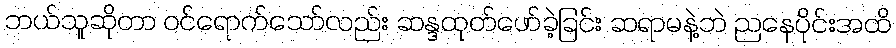
ဘယ်သူဆိုတာ ဝင်ရောက်သော်လည်း ဆန္ဒထုတ်ဖော်ခဲ့ခြင်း ဆရာမနဲ့ဘဲ ညနေပိုင်းအထိ